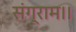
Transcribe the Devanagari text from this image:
संग्राम।।